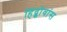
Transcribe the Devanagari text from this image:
हिंद्कोवांस